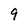
Character: 9